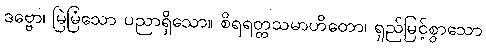
ဒဗ္ဗော၊ မြဲမြံသော ပညာရှိသော။ စိရရတ္တသမာဟိတော၊ ရှည်မြင့်စွာသော